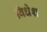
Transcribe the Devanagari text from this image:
विधेश